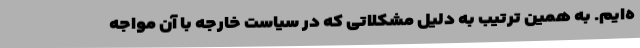
ه‌ایم. به همین ترتیب به دلیل مشکلاتی که در سیاست خارجه با آن مواجه